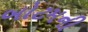
બોટમની